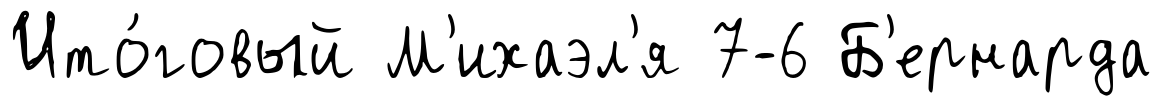
Ито́говый М'ихаэл'я 7-6 Б'ернарда